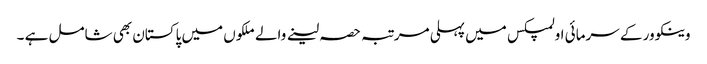
وینکوور کے سرمائی اولمپکس میں پہلی مرتبہ حصہ لینے والے ملکوں میں پاکستان بھی شامل ہے ۔